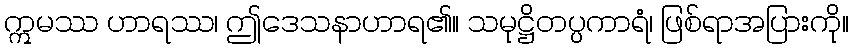
ဣမဿ ဟာရဿ၊ ဤဒေသနာဟာရ၏။ သမုဋ္ဌိတပ္ပကာရံ၊ ဖြစ်ရာအပြားကို။